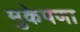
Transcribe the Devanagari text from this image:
मुकेपणा